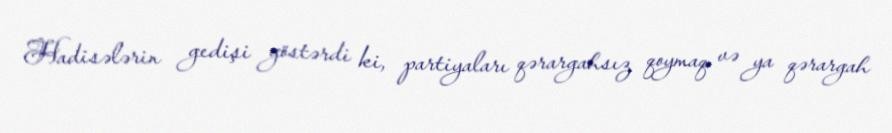
Hadisələrin gedişi göstərdi ki, partiyaları qərargahsız qoymaq və ya qərargah